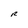
Character: R